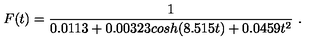
F ( t ) = \frac { 1 } { 0 . 0 1 1 3 + 0 . 0 0 3 2 3 c o s h ( 8 . 5 1 5 t ) + 0 . 0 4 5 9 t ^ { 2 } } \ .